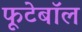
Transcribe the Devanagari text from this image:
फूटेबॉल